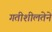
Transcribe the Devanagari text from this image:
गतीशीलतेने